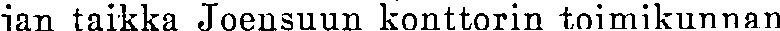
jan taikka Joensuun konttorin toimikunnan